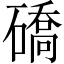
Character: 礄